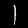
Label: 1